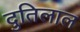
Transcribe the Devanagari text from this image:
दुतिलाल